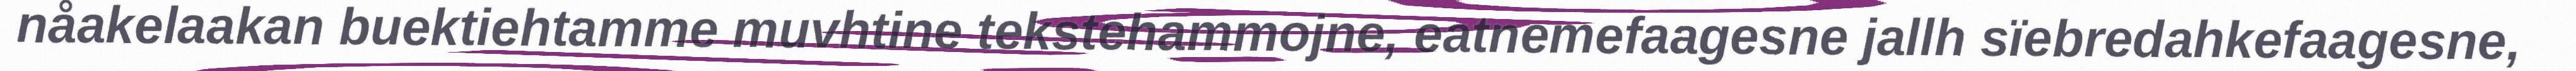
nåakelaakan buektiehtamme muvhtine tekstehammojne, eatnemefaagesne jallh sïebredahkefaagesne,